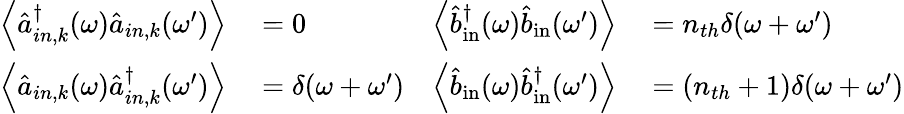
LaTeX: \begin{array}{rlrl}{\left\langle\hat{a}_{in,k}^{\dagger}(\omega)\hat{a}_{in,k}(\omega^{\prime})\right\rangle}&{{}=0}&{\left\langle\hat{b}_{\mathrm{in}}^{\dagger}(\omega)\hat{b}_{\mathrm{in}}(\omega^{\prime})\right\rangle}&{{}=n_{th}\delta(\omega+\omega^{\prime})}\\ {\left\langle\hat{a}_{in,k}(\omega)\hat{a}_{in,k}^{\dagger}(\omega^{\prime})\right\rangle}&{{}=\delta(\omega+\omega^{\prime})}&{\left\langle\hat{b}_{\mathrm{in}}(\omega)\hat{b}_{\mathrm{in}}^{\dagger}(\omega^{\prime})\right\rangle}&{{}=(n_{th}+1)\delta(\omega+\omega^{\prime})}\end{array}